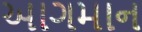
આગમાન